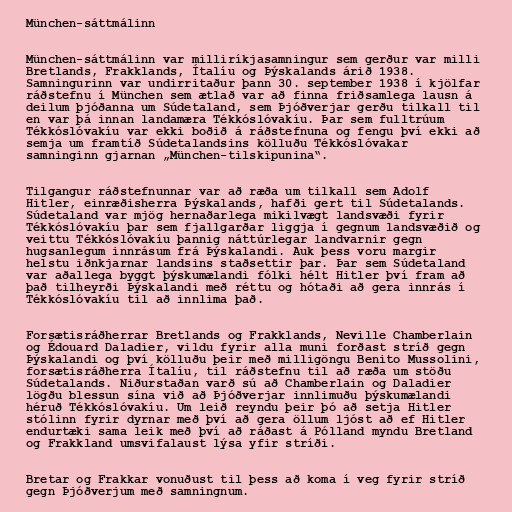
München-sáttmálinn

München-sáttmálinn var milliríkjasamningur sem gerður var milli
Bretlands, Frakklands, Ítalíu og Þýskalands árið 1938.
Samningurinn var undirritaður þann 30. september 1938 í kjölfar
ráðstefnu í München sem ætlað var að finna friðsamlega lausn á
deilum þjóðanna um Súdetaland, sem Þjóðverjar gerðu tilkall til
en var þá innan landamæra Tékkóslóvakíu. Þar sem fulltrúum
Tékkóslóvakíu var ekki boðið á ráðstefnuna og fengu því ekki að
semja um framtíð Súdetalandsins kölluðu Tékkóslóvakar
samninginn gjarnan „München-tilskipunina“.

Tilgangur ráðstefnunnar var að ræða um tilkall sem Adolf
Hitler, einræðisherra Þýskalands, hafði gert til Súdetalands.
Súdetaland var mjög hernaðarlega mikilvægt landsvæði fyrir
Tékkóslóvakíu þar sem fjallgarðar liggja í gegnum landsvæðið og
veittu Tékkóslóvakíu þannig náttúrlegar landvarnir gegn
hugsanlegum innrásum frá Þýskalandi. Auk þess voru margir
helstu iðnkjarnar landsins staðsettir þar. Þar sem Súdetaland
var aðallega byggt þýskumælandi fólki hélt Hitler því fram að
það tilheyrði Þýskalandi með réttu og hótaði að gera innrás í
Tékkóslóvakíu til að innlima það.

Forsætisráðherrar Bretlands og Frakklands, Neville Chamberlain
og Édouard Daladier, vildu fyrir alla muni forðast stríð gegn
Þýskalandi og því kölluðu þeir með milligöngu Benito Mussolini,
forsætisráðherra Ítalíu, til ráðstefnu til að ræða um stöðu
Súdetalands. Niðurstaðan varð sú að Chamberlain og Daladier
lögðu blessun sína við að Þjóðverjar innlimuðu þýskumælandi
héruð Tékkóslóvakíu. Um leið reyndu þeir þó að setja Hitler
stólinn fyrir dyrnar með því að gera öllum ljóst að ef Hitler
endurtæki sama leik með því að ráðast á Pólland myndu Bretland
og Frakkland umsvifalaust lýsa yfir stríði.

Bretar og Frakkar vonuðust til þess að koma í veg fyrir stríð
gegn Þjóðverjum með samningnum.